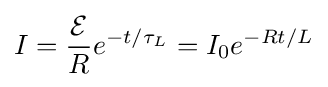
I={\frac {\mathcal {E}}{R}}e^{-t/\tau _{L}}=I_{0}e^{-Rt/L}\,\!